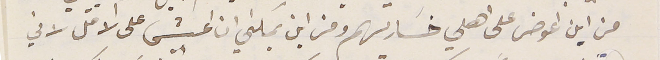
من اين اعوض على اهلي خسَارتهم ومن اين يمكني ان اعيش على الاقل لاني